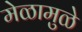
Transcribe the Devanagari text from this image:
मेळामुळे